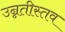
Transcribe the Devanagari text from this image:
उन्नतीस्तव